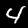
Label: 4